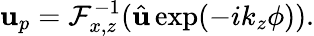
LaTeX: \mathbf{u}_{p}=\mathcal{F}_{x,z}^{-1}(\hat{\mathbf{u}}\exp(-ik_{z}\phi)).